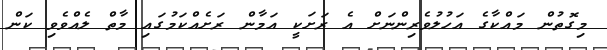
މިގޮތުން މައްކާގެ އަހުލުވެރިންނަށް އެ ރަށަކީ އަމާން ރަށެއްކަމުގައި މާތް ލެއްވެވި ކަން